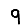
Digit: 9